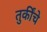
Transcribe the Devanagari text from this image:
तुर्कींचे